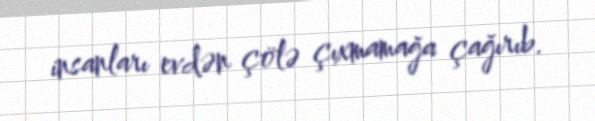
insanları evdən çölə çıxmamağa çağırıb.